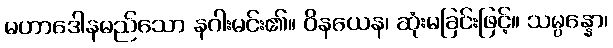
မဟာဒေါနမည်သော နဂါးမင်း၏။ ဝိနယေန၊ ဆုံးမခြင်းဖြင့်။ သမ္ပန္နော၊